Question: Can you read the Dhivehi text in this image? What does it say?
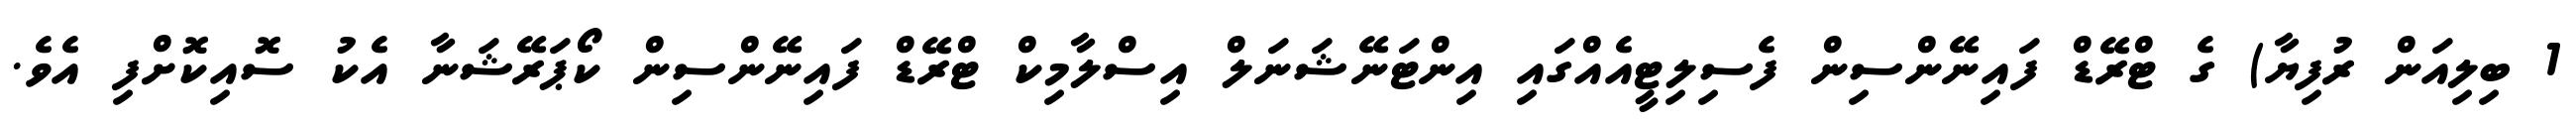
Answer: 1 ބިލިއަން ރުފިޔާ) ގެ ޓްރޭޑް ފައިނޭންސިން ފެސިލިޓީއެއްގައި އިންޓަނޭޝަނަލް އިސްލާމިކް ޓްރޭޑް ފައިނޭންސިން ކޯޕަރޭޝަނާ އެކު ސޮއިކޮށްފި އެވެ.